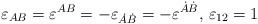
\begin{align*}\varepsilon_{AB}=\varepsilon^{AB}=-\varepsilon_{\dot A \dot B}=-\varepsilon^{\dot A \dot B}, \, \varepsilon_{12}=1\end{align*}